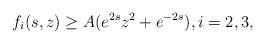
LaTeX: \begin{align*}f_i(s,z)\ge A(e^{2s}z^2+e^{-2s}),i=2,3,\end{align*}